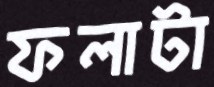
ফলাটা